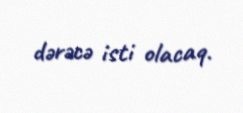
dərəcə isti olacaq.